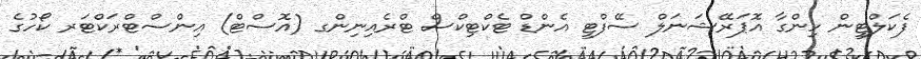
ފެކަލްޓީން ހިންގާ އޮޕަރޭޝަނަލް ސޭފްޓީ އެންޑް ޓެކްޓިކްސް ޓްރެއިނިންގ (އޮސްޓް) އިންސްޓްރަކްޓަރ ކޯހުގެ